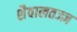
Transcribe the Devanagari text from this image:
शैवालतज्ज्ञ